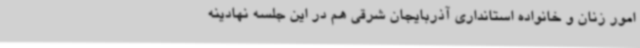
امور زنان و خانواده استانداری آذربایجان شرقی هم در این جلسه نهادینه